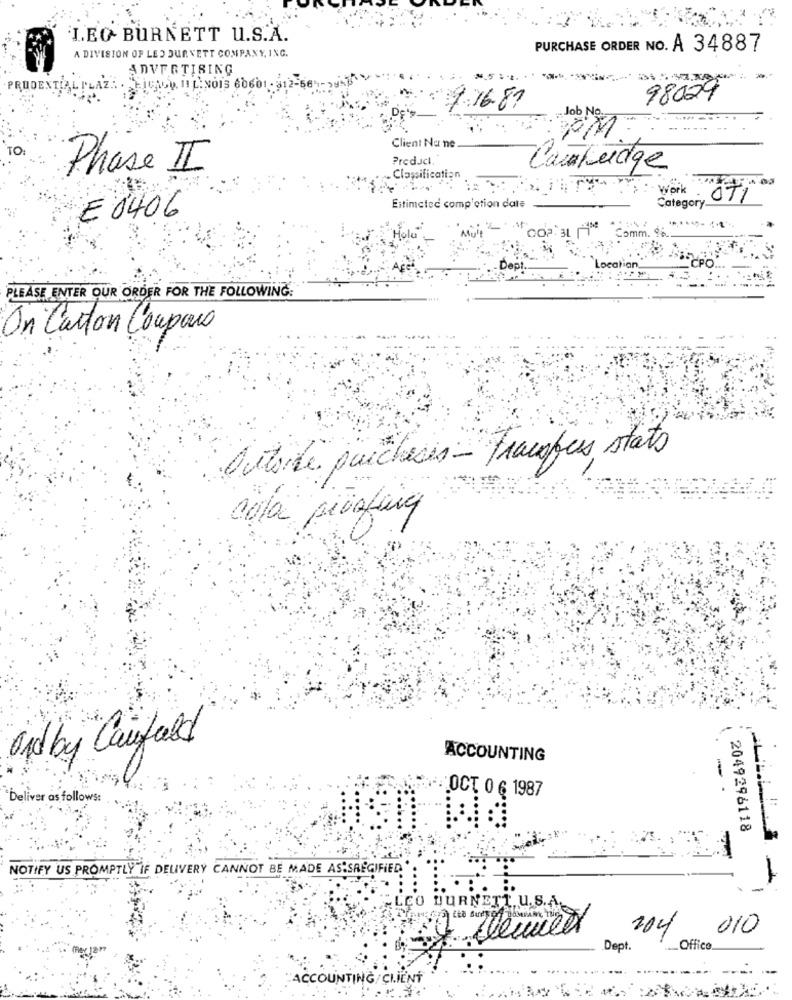
LEO BURNETT U.S.A.
PURCHASE ORDER NO. A 34887
A DIVISION OF LED DUANETT COMPANY, INC.
ADVERTISING
PRUDEN
LICHOV. 11 L. NOIS 6060
98029
16.81
Job
Client Na ne
PredJcl.
Phase II
Cambudge
Classification
work
- OT1
Estimated completion date
Category.
E 0406
COP311
Comm. 9
CPO
Location.
PLEASE ENTER OUR ORDER FOR THE FOLLOWING:
On Carton Coupaus
Autorde purchases - transfers stats
cola piùfung
and by Canfeld
ACCOUNTING
`Deliver as follows:
OCT 0 6 1987
2049296118
NOTIFY US PROMPTLY IF DELIVERY CANNOT BE MADE AS:SREGIFIED
LEO BURNETT U. S.A.
204
010
Dept.
.Office
-- -------- --
-
ACCOUNTING/ CLIENT